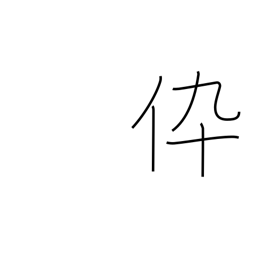
Meaning: son